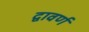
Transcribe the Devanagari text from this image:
द्वावर्ण